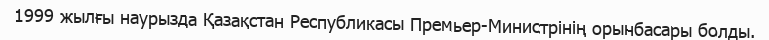
1999 жылғы наурызда Қазақстан Республикасы Премьер-Министрінің орынбасары болды.